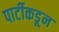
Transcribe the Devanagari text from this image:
पार्टीकडून